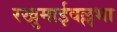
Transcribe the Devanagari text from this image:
रखुमाईवल्लभा